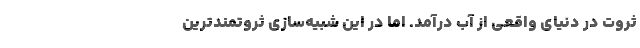
ثروت در دنیای واقعی از آب درآمد. اما در این شبیه‌سازی ثروتمندترین